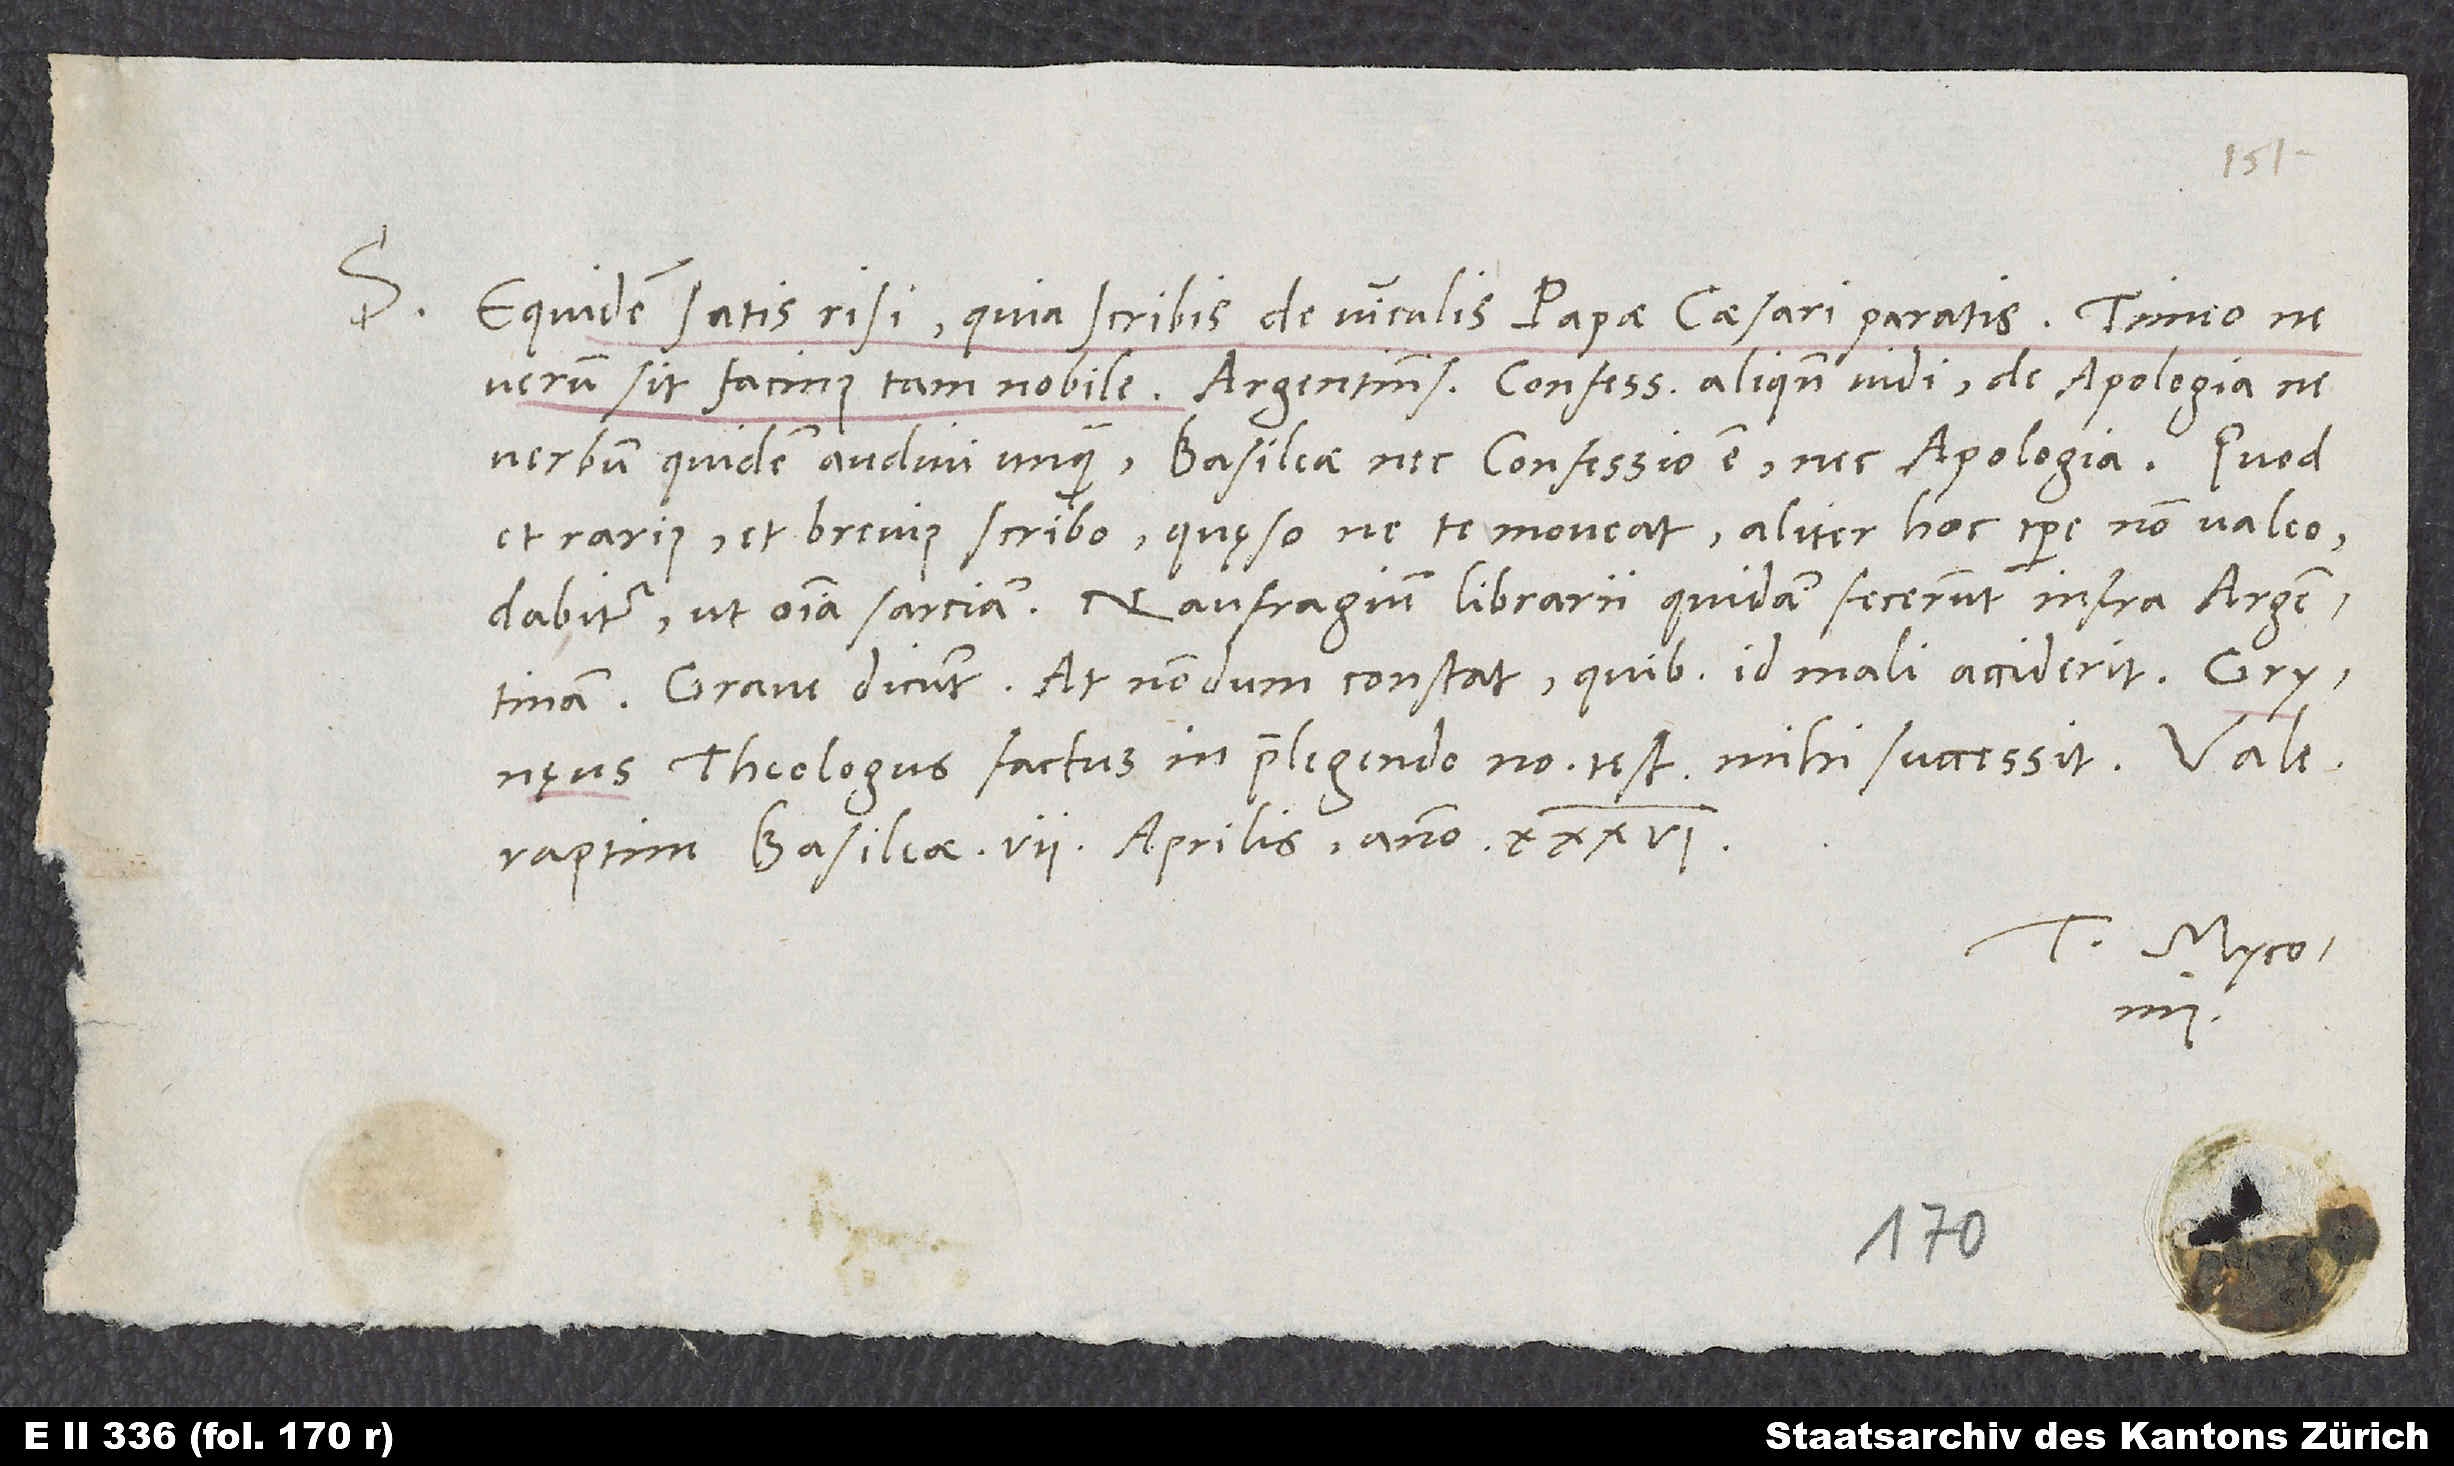
S.

Equidem satis risi, quia scribis de vinculis papae caesari paratis. Timeo, ne
verbum quidem audivi unquam. Basileae nec confessio est nec apologia.
et rarius et brevius scribo, quęso, ne te moveat. Aliter hoc tempore non valeo.
Grave dicunt, at nondum constat, quibus id mali acciderit.
theologus factus in praelegendo novo testamento mihi successit.
Raptim, Basileae, 7. aprilis anno 36.